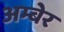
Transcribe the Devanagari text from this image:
अम्बेर